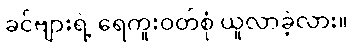
ခင်ဗျားရဲ့ ရေကူးဝတ်စုံ ယူလာခဲ့လား။